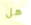
هل